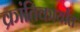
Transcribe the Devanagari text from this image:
क्रांतिकार्यांत